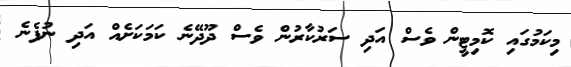
މިކަމުގައި ކޮމިޓީން ވެސް އަދި ސަރުކާރުން ވެސް ދޫދޭނެ ކަމަކަށެއް އަދި ނުފެނެ